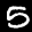
Label: 5